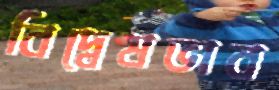
বিদ্বেষভাব